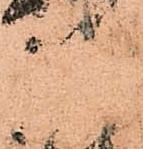
弘